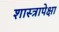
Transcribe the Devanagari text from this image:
शास्त्रापेक्षा